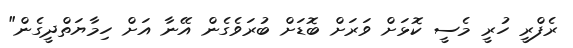
ރެފްރީ ހުރީ މެސީ ކޮޅަށް ވަރަށް ބޮޑަށް ބުރަވެގެން އޭނާ އަށް ހިމާޔަތްދީގެން"